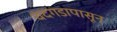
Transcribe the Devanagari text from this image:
चंदगडापासून